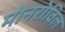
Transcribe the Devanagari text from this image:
मोनरोविल